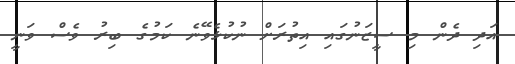
އަދި ދެން މި ސީޒަނުގައި އިތުރަށް ނުކުޅެވޭނެ ކަމުގެ ބިރު ވެސް ވަނީ